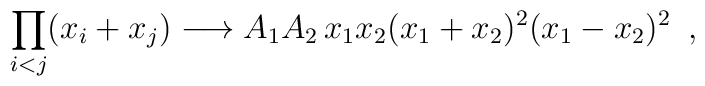
\prod_{i<j}(x_i+x_j) \longrightarrow A_1 A_2 \,x_1 x_2(x_1 + x_2)^2 (x_1 - x_2)^2 \,\,\,,